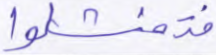
فتفشلوا